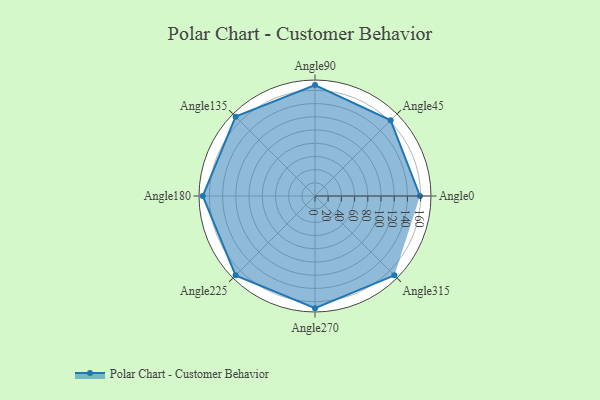
{"axis": {"x": "Angle", "y": "Radius"}, "legend": [""], "data": [{"x": "Angle0", "y": 159.0, "type": ""}, {"x": "Angle45", "y": 162.0, "type": ""}, {"x": "Angle90", "y": 168.0, "type": ""}, {"x": "Angle135", "y": 170, "type": ""}, {"x": "Angle180", "y": 170, "type": ""}, {"x": "Angle225", "y": 170, "type": ""}, {"x": "Angle270", "y": 170, "type": ""}, {"x": "Angle315", "y": 170, "type": ""}]}